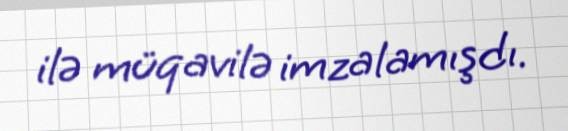
ilə müqavilə imzalamışdı.